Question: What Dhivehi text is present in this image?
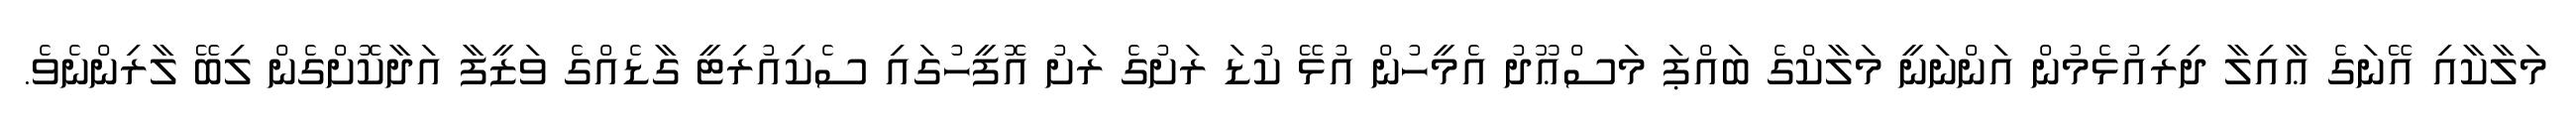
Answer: މަލާކާއި އޭނަގެ ޢާއިލާ ދިރިއުޅެމުން އަންނަނީ މަލާކްގެ ބައްޕަ މަސްޢޫދު އެމީހުން އުޅޭ ކުޑަ ރަށުގެ ރަށު އޮފީހުގައި ސެކިއުރިޓީ ގާޑެއްގެ ވަޒީފާ އަދާކޮށްގެން ލިބޭ ލާރިންނެވެ.